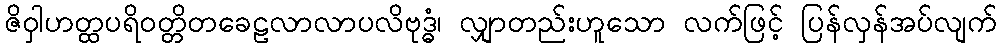
ဇိဝှါဟတ္ထပရိဝတ္တိတခေဠလာလာပလိဗုဒ္ဓံ၊ လျှာတည်းဟူသော လက်ဖြင့် ပြန်လှန်အပ်လျက်